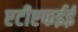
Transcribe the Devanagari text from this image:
एटीएफईई